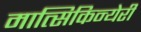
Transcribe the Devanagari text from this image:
मात्सिकिन्येरी